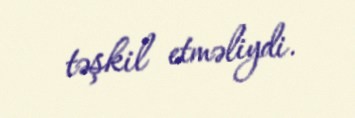
təşkil etməliydi.